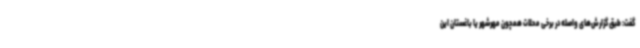
گفت: طبق گزارش‌های واصله در برخی محلات همچون مهرشهر یا باغستان این